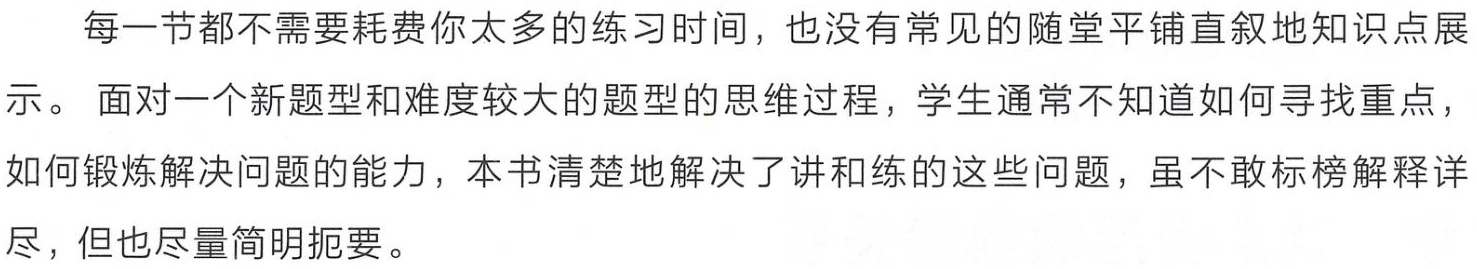
每一节都不需要耗费你太多的练习时间，也没有常见的随堂平铺直叙地知识点展示。面对一个新题型和难度较大的题型的思维过程，学生通常不知道如何寻找重点，如何锻炼解决问题的能力，本书清楚地解决了讲和练的这些问题，虽不敢标榜解释详尽，但也尽量简明扼要。